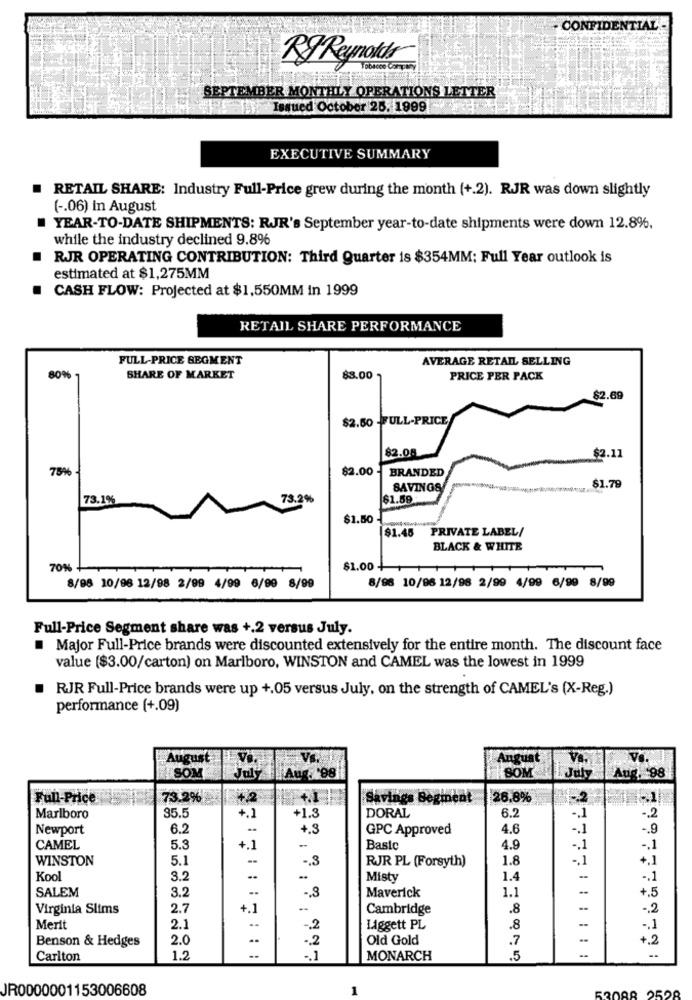
- CONFIDENTIAL-
RJ Reynolds
SEPTEMBER MONTHLY OPERATIONS LETTER
Issued October 26. 1999
EXECUTIVE SUMMARY
RETAIL SHARE: Industry Full-Price grew during the month (+.2). RJR was down slightly
( -. 06) in August
YEAR-TO-DATE SHIPMENTS: RJR's September year-to-date shipments were down 12.8%,
while the industry declined 9.8%
RJR OPERATING CONTRIBUTION: Third Quarter is $354MM; Full Year outlook is
estimated at $1,275MM
CASH FLOW: Projected at $1,550MM in 1999
RETAIL SHARE PERFORMANCE
FULL-PRICE SEGMENT
AVERAGE RETAIL SELLING
80%
SHARE OF MARKET
83.00
PRICE PER PACK
$2.69
$2.50 -FULL-PRICE
$2.08
$2.11
75%
$2.00 -
BRANDED
SAVINGS
$1.79
73.1%
73.2%
$1.59
$1.50
$1.46
PRIVATE LABEL/
BLACK & WHITE
70%%
$1.00 -
8/96 10/96 12/98 2/99 4/99 6/99 8/99
8/98 10/96 12/98 2/99 4/99 6/99 8/99
Full-Price Segment share was +.2 versus July.
Major Full-Price brands were discounted extensively for the entire month. The discount face
value ($3.00/carton) on Marlboro, WINSTON and CAMEL was the lowest in 1999
RJR Full-Price brands were up +.05 versus July, on the strength of CAMEL's (X-Reg.)
performance (+.09)
August
Vs.
Angust
VI.
SOM
July
Aug. '98
SOM
July
Aug, 98
Full-Price
73.2%
54.2
Savings Begincat
26.8%
6.2
Marlboro
35.5
+.1
+1.3
DORAL
-. 1
-. 2
Newport
6.2
+.3
GPC Approved
4.6
-. 1
-. 9
CAMEL
5.3
+.1
-
Basic
4.9
-, 1
-. 1
WINSTON
5.1
-. 3
RJR PL (Forsyth)
1.8
-. 1
+.1
Kool
3.2
Misty
1.4
-. 1
SALEM
3.2
-. 3
Maverick
1.1
Virginia Slims
2.7
+.1
--
Cambridge
.8
-. 2
Merit
2.1
-. 2
Liggett PL
.8
Benson & Hedges
2.0
..
-. 2
Old Gold
.7
+.2
-
Carlton
1.2
--
-. 1
MONARCH
.5
JR0000001153006608
1
53088 2598